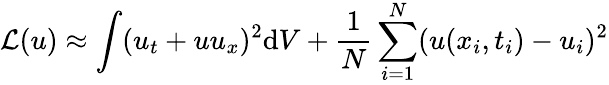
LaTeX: \mathcal{L}(u)\approx\int(u_{t}+uu_{x})^{2}\mathrm{d}V+\frac{1}{N}\sum_{i=1}^{N}(u(x_{i},t_{i})-u_{i})^{2}